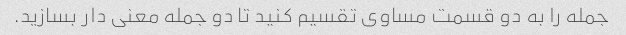
جمله را به دو قسمت مساوی تقسیم کنید تا دو جمله معنی دار بسازید.